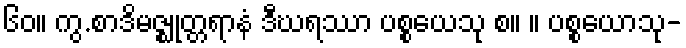
၆၀။ ကွ.စာဒိမဇ္ဈုတ္တရာနံ ဒီဃရဿာ ပစ္စယေသု စ။ ။ ပစ္စယောသု-